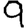
Digit: 9